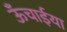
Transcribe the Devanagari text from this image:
ऊँचाईया